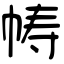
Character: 帱